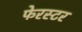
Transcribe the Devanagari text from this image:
फेरस्टर